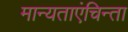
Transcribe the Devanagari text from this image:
मान्यताएंचिन्ता